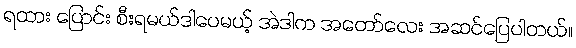
ရထား ပြောင်း စီးရမယ်ဒါပေမယ့် အဲဒါက အတော်လေး အဆင်ပြေပါတယ်။